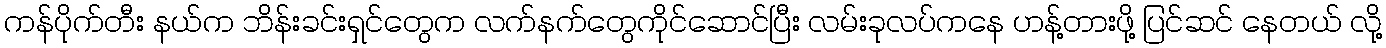
ကန်ပိုက်တီး နယ်က ဘိန်းခင်းရှင်တွေက လက်နက်တွေကိုင်ဆောင်ပြီး လမ်းခုလပ်ကနေ ဟန့်တားဖို့ ပြင်ဆင် နေတယ် လို့